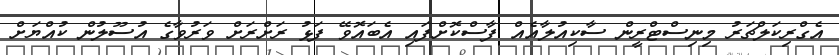
އެގްރިކަލްޗަރު މިނިސްޓްރީން ސާކިއުލާއެއް ފާސްކޮށްފައި އެބައޮވޭ ފަޅު ރަށްރަށް ވަރުވާގެ އުސޫލުން ކުއްޔަށް